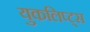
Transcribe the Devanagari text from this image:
युकलिप्ट्स